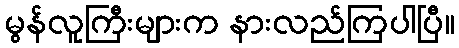
မွန်လူကြီးများက နားလည်ကြပါပြီ။